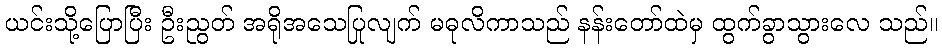
ယင်းသို့ပြောပြီး ဦးညွတ် အရိုအသေပြုလျက် မဓုလိကာသည် နန်းတော်ထဲမှ ထွက်ခွာသွားလေ သည်။